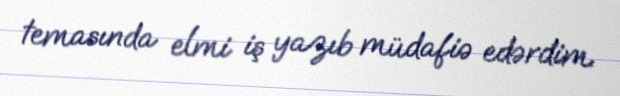
temasında elmi iş yazıb müdafiə edərdim.